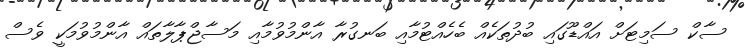
ސާކް ސަމިޓަށް އައްޑޫގައި ބުދުތަކެއް ބެހެއްޓުމާއި ބަނގުރާ އާންމުވުމާއި މަސާޖްޕާލާތައް އާންމުވުމަކީ ވެސް